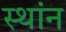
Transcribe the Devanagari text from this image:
स्थांन